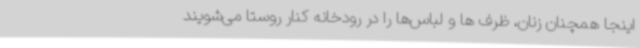
اینجا همچنان زنان، ظرف ها و لباس‌ها را در رودخانه کنار روستا می‌شویند